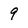
Character: 9